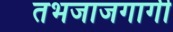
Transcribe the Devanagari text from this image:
तभजाजगागी